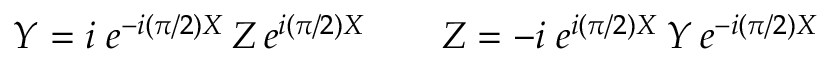
Y = i \; e ^ { - i ( { \pi } / { 2 } ) X } \, Z \, e ^ { i ( { \pi } / { 2 } ) X } \qquad Z = - i \; e ^ { i ( { \pi } / { 2 } ) X } \, Y \, e ^ { - i ( { \pi } / { 2 } ) X }